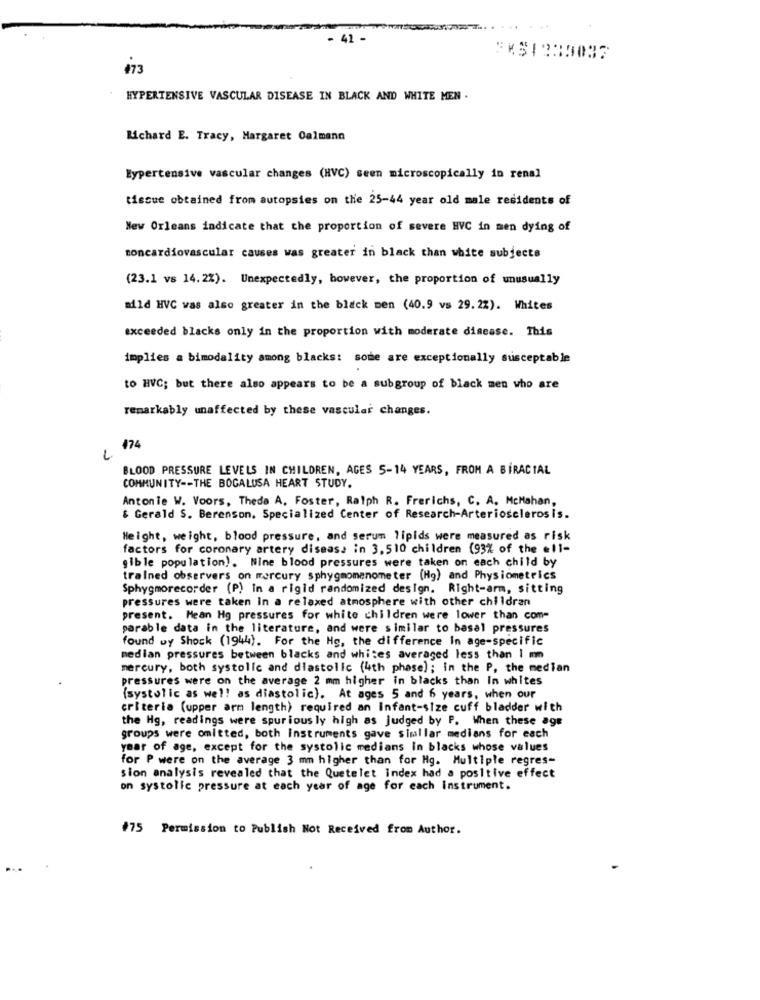
- 41 -
:KSI235037
473
HYPERTENSIVE VASCULAR DISEASE IN BLACK AND WHITE MEN .
Richard E. Tracy, Margaret Calmann
Hypertensive vascular changes (HVC) seen microscopically in renal
tissue obtained from autopsies on the 25-44 year old male residents of
New Orleans indicate that the proportion of severe HVC in men dying of
toncardiovascular causes was greater in black than white subjects
(23.1 vs 14.2%). Unexpectedly, however, the proportion of unusually
mild HVC vas also greater in the black men (40.9 vs 29.2%). Whites
exceeded blacks only in the proportion with moderate disease. This
implies a bimodality among blacks: some are exceptionally susceptable
to HVC; but there also appears to be a subgroup of black men who are
remarkably unaffected by these vascular changes.
474
BLOOD PRESSURE LEVELS IN CHILDREN, AGES 5-14 YEARS, FROM A BIRACIAL
COMMUNITY -- THE BOGALUSA HEART STUDY.
Antonie W. Voors, Theda A. Foster, Ralph R. Frerichs, C. A. McMahan,
& Gerald S. Berenson. Specialized Center of Research-Arteriosclerosis.
Height, weight, blood pressure, and serum lipids were measured as risk
factors for coronary artery disease in 3, 510 children (93% of the .11-
gible population). Nine blood pressures were taken on each child by
trained observers on mercury sphygmomanometer (Hg) and Physiometrics
Sphygmorecorder (P) In a rigid randomized design. Right-arm, sitting
pressures were taken in a relaxed atmosphere with other children
present. Mean Hg pressures for white children were lower than com-
parable data in the literature, and were similar to basal pressures
found wy Shock (1944). For the Hg, the difference In age-specific
median pressures between blacks and whites averaged less than I mm
mercury, both systolic and diastolic (4th phase); in the P, the median
pressures were on the average 2 mm higher in blacks than In whites
(systolic as well as diastolic). At ages 5 and 6 years, when our
criteria (upper arm length) required an Infant-size cuff bladder with
the Hg, readings were spurious ly high as Judged by P. When these age
groups were omitted, both instruments gave simallar medians for each
year of age, except for the systolic medians in blacks whose values
for P were on the average 3 mm higher than for Hg. Multiple regres-
sion analysis revealed that the Quetelet index had a positive effect
on systolic pressure at each year of age for each instrument.
#75 Permission to Publish Not Received from Author.